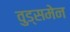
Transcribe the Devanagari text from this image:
वुड्समेन